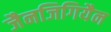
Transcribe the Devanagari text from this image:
जैनजिगियैन